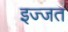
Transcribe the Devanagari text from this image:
इज्‍जत